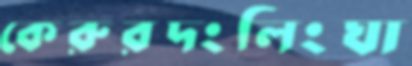
কেরুরদংলিংঘা